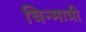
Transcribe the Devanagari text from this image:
चिन्मात्री